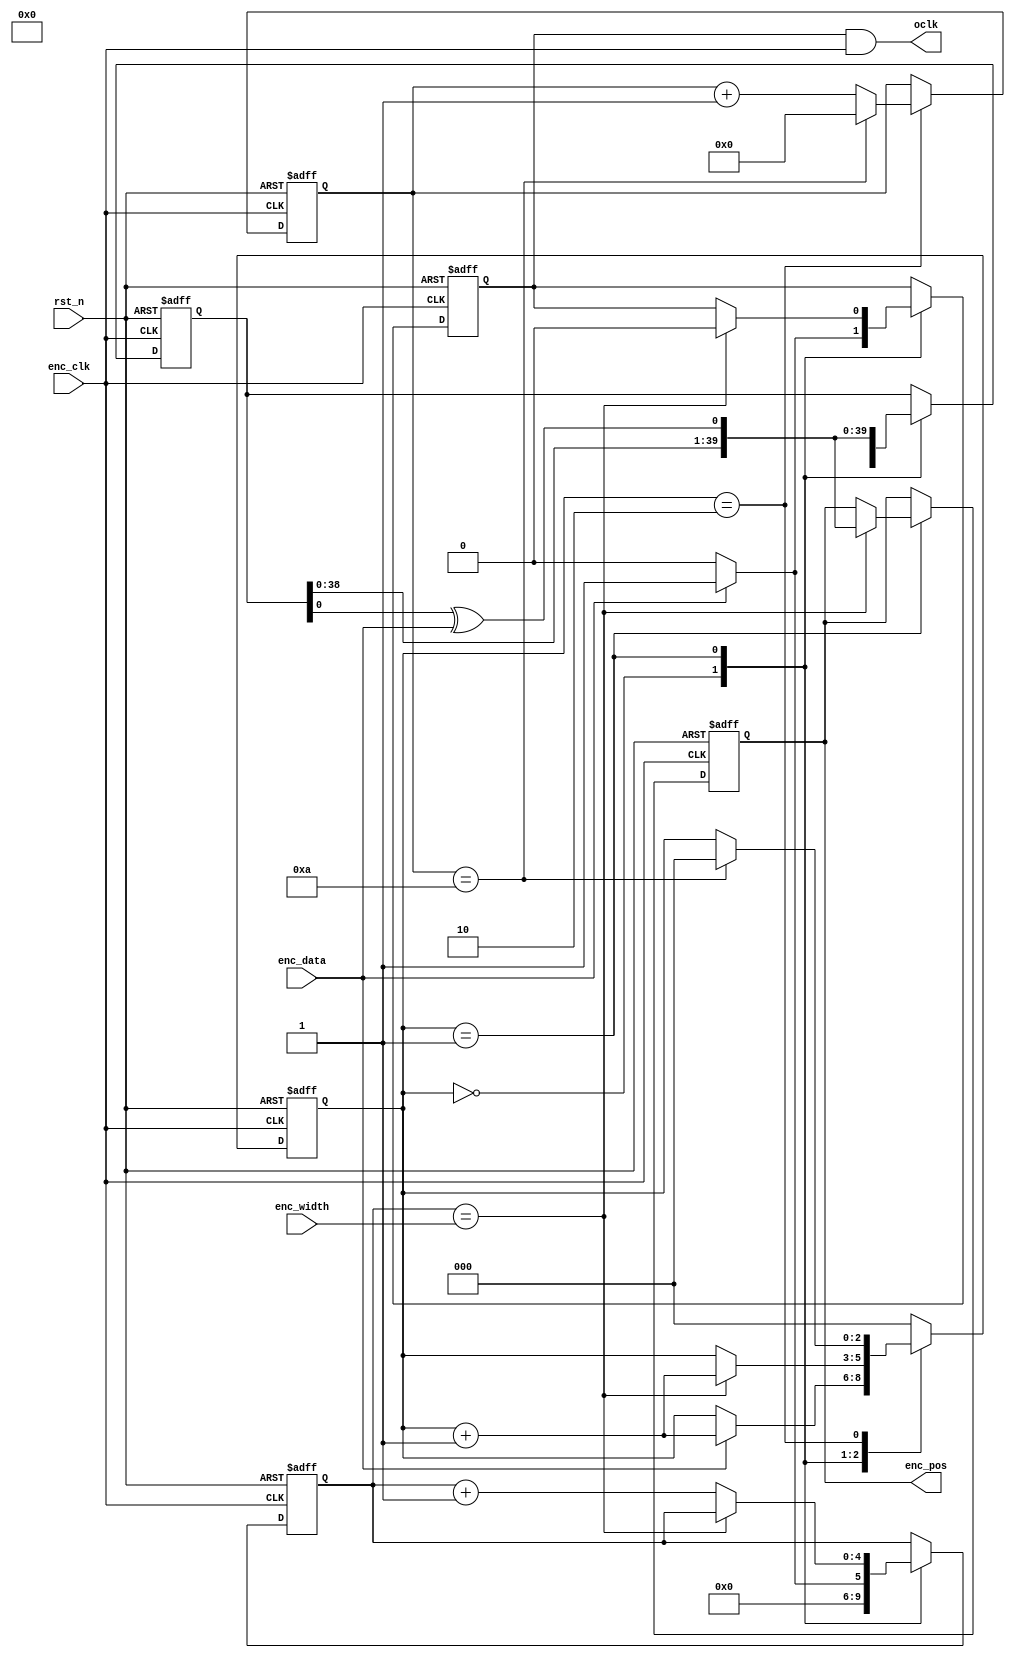
module ssi (
	input rst_n,
	input enc_clk, //2mhz
	output oclk,
	input enc_data,
	input [9:0] enc_width,
	output reg [39:0] enc_pos
);

reg [2:0] rd_state;
reg [4:0] rd_cnt;
reg [5:0] delay_cnt;
reg [39:0] pos;
reg cken;
wire pos_bin;

always @(posedge enc_clk, negedge rst_n) begin
	if(!rst_n) begin
		rd_state <= 3'b0;
		pos <= 40'd0;
		enc_pos <= 40'd0;
		rd_cnt <= 5'd0;
		delay_cnt <= 6'd0;
		cken <= 1'b0;
	end
	else begin
		case(rd_state)
			3'b000: begin //delay 21us = 500ns * 42
				if(enc_data) begin
					rd_state <= rd_state + 1'b1;
					rd_cnt <= 5'd1;
					pos <= 40'd0;
					cken <= 1'b1;
				end
				else begin
					cken <= 1'b0;
					pos <= 32'd0;
					rd_cnt <= 5'd0;
				end
			end
			3'b001: begin//receive data
				if(rd_cnt == enc_width) begin
					rd_state <= rd_state + 1'b1;
					enc_pos <= {pos[38:0], pos_bin};
					pos <= {pos[38:0], pos_bin};
					cken <= 1'b0;
				end
				else begin
					rd_cnt <= rd_cnt + 1'b1;
					pos <= {pos[38:0], pos_bin};
				end
			end
			3'b010: begin//end delay
				if(delay_cnt == 6'd10) begin
					rd_state <= 3'd0;
					delay_cnt <= 6'd0;
				end
				else begin
					delay_cnt <= delay_cnt + 1'b1;
				end
			end
			default: begin
				rd_state <= 3'b000;
			end
		endcase
	end
end

assign pos_bin = pos[0] ^ enc_data;
//assign enc_pos = pos;
assign oclk = cken & enc_clk;

endmodule